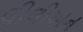
લીલીઅન